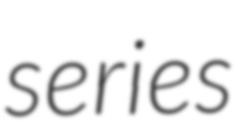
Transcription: series